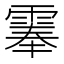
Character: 𩃳